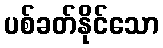
ပစ်ခတ်နိုင်သော